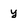
Character: y